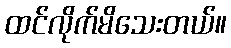
ထင်လိုက်မိသေးတယ်။